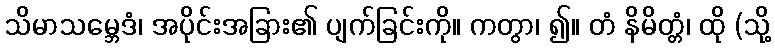
သိမာသမ္ဘေဒံ၊ အပိုင်းအခြား၏ ပျက်ခြင်းကို။ ကတွာ၊ ၍။ တံ နိမိတ္တံ၊ ထို (သို့